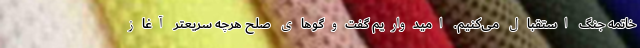
خاتمه جنگ استقبال می‌کنیم. امیدواریم گفت‌وگوهای صلح هرچه سریعتر آغاز